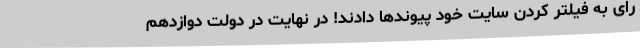
رای به فیلتر کردن سایت خود پیوندها دادند! در نهایت در دولت دوازدهم